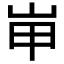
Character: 𱛖